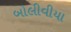
બોલીવીયા